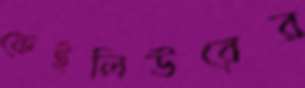
ফেইলিউরের